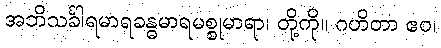
အဘိသင်္ခါရမာရခန္ဓမာရမစ္စုမာရာ၊ တို့ကို။ ဂဟိတာ ဧဝ၊